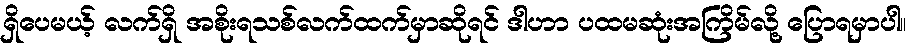
ရှိပေမယ့် လက်ရှိ အစိုးရသစ်လက်ထက်မှာဆိုရင် ဒါဟာ ပထမဆုံးအကြိမ်လို့ ပြောရမှာပါ။